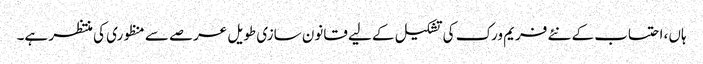
ہاں، احتساب کے نئے فریم ورک کی تشکیل کے لیے قانون سازی طویل عرصے سے منظوری کی منتظر ہے۔